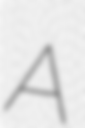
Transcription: A